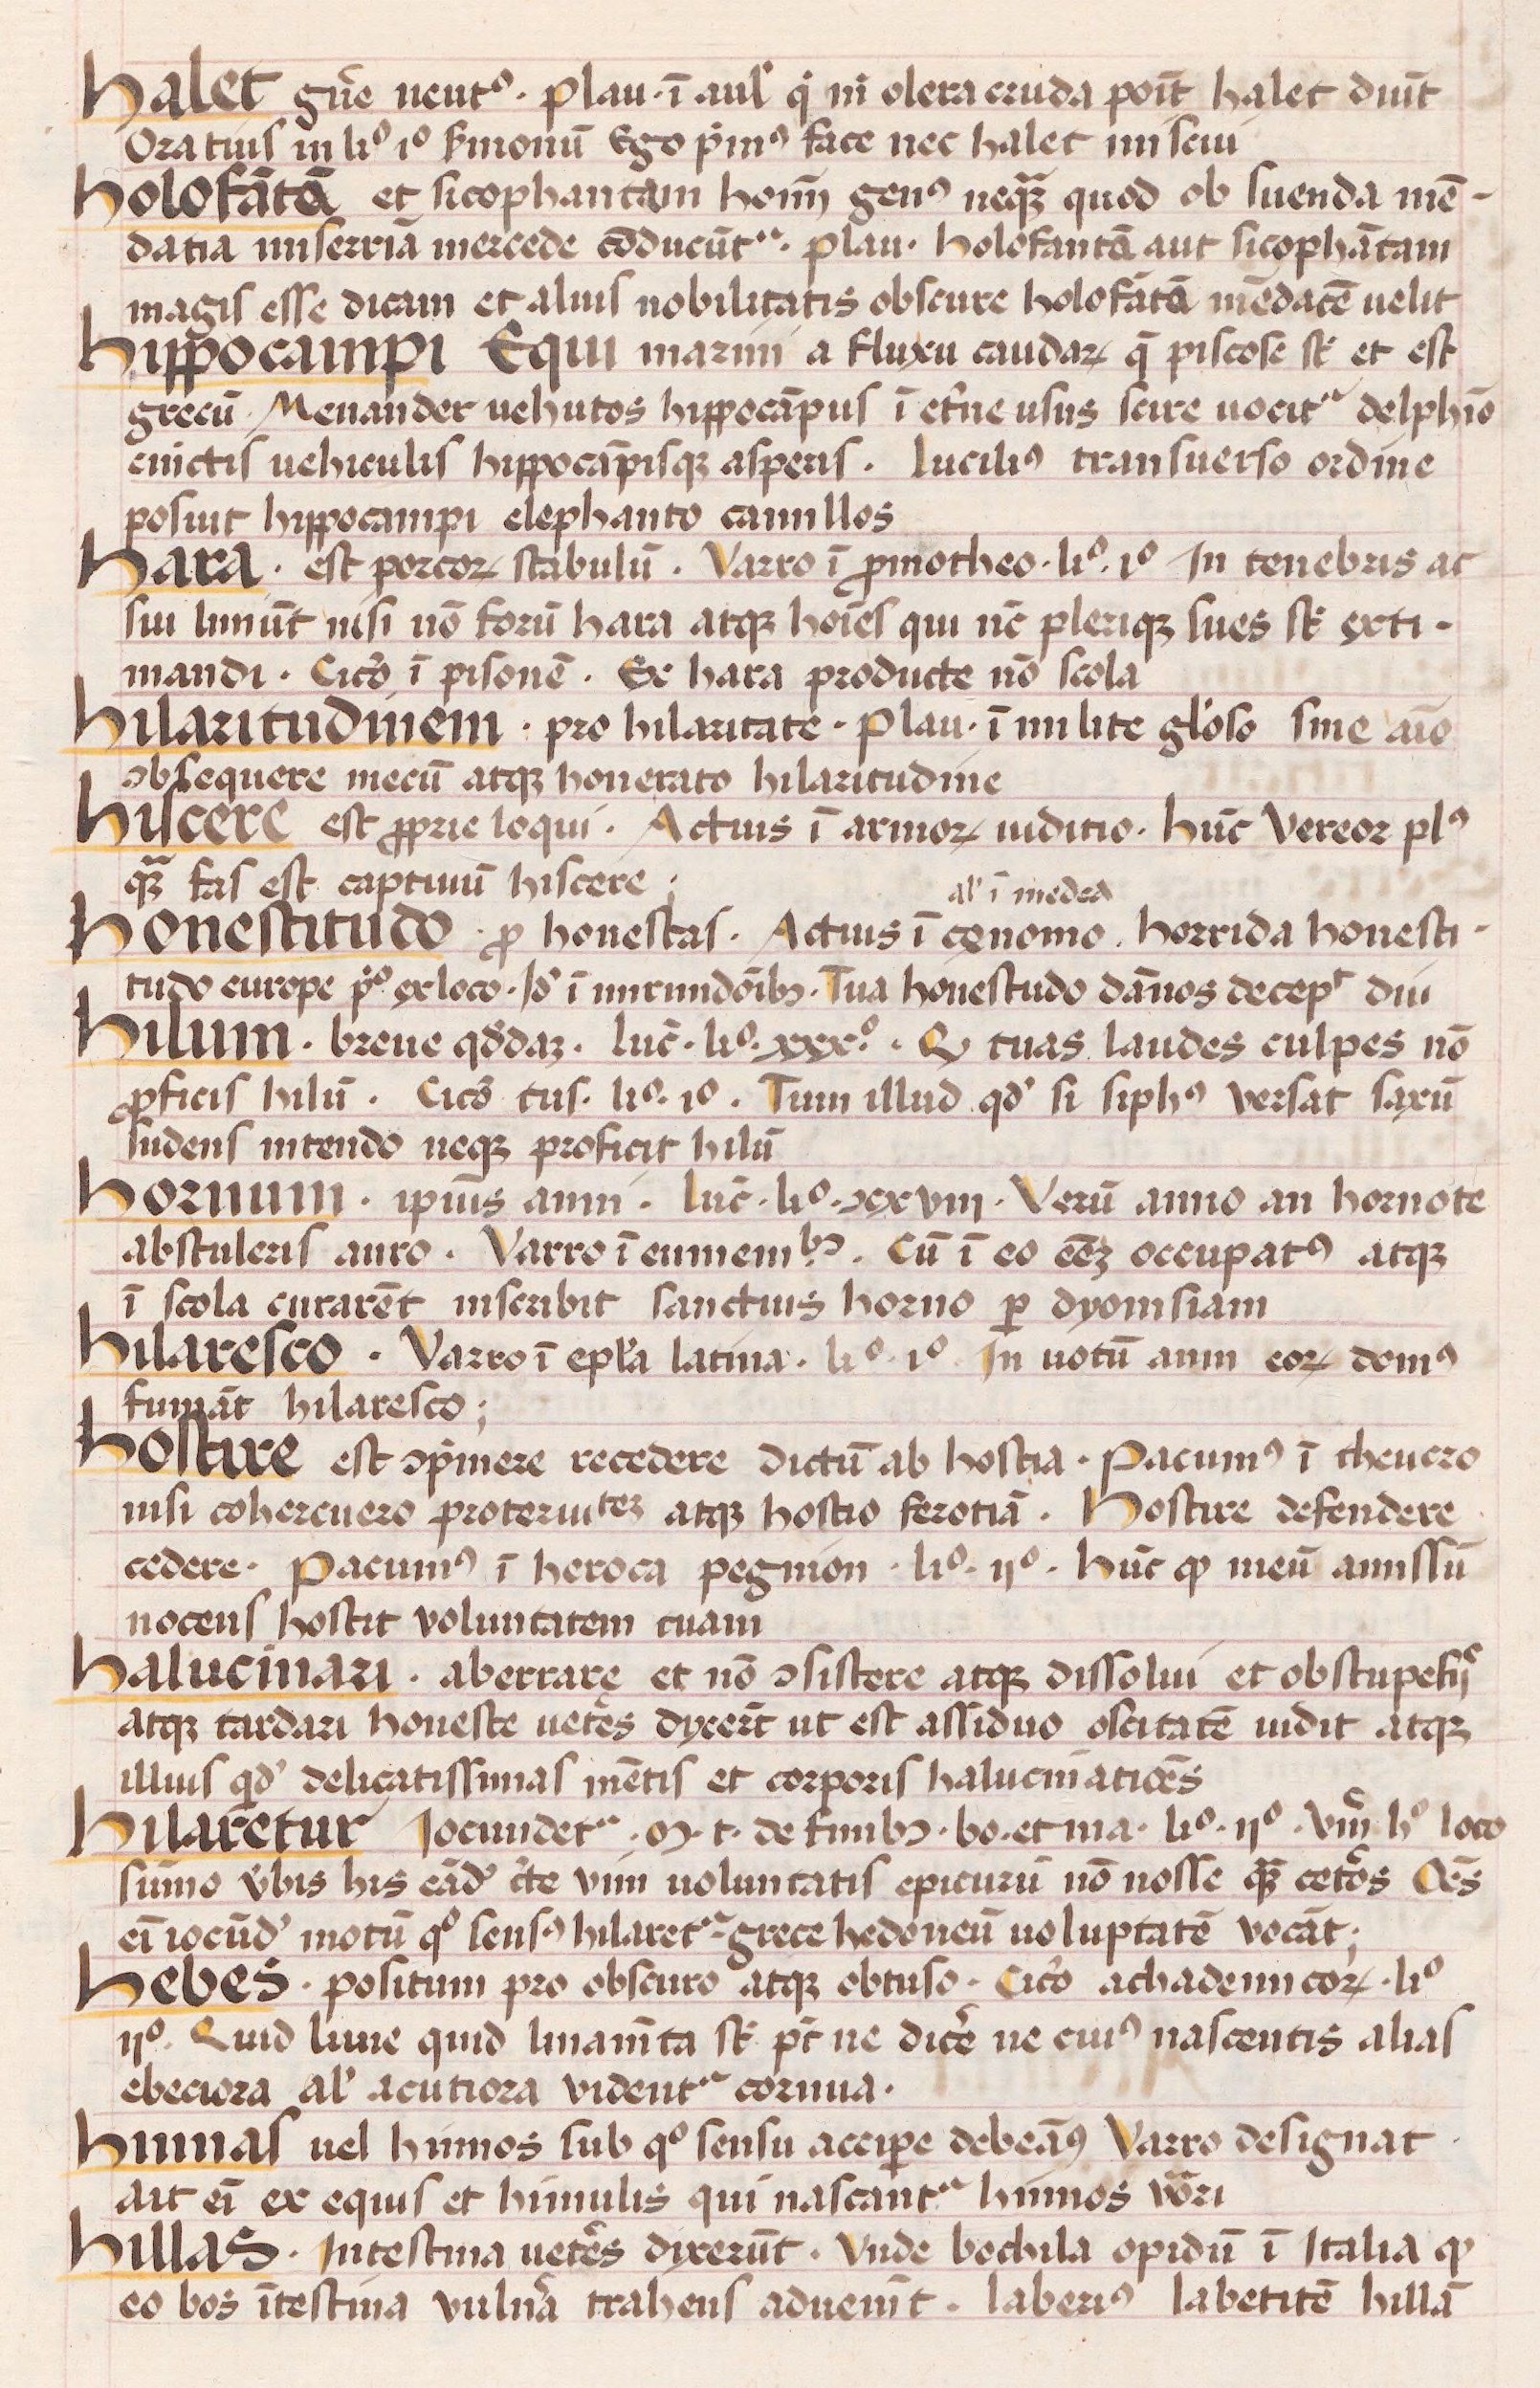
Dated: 1450–1474